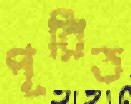
পূরিত